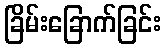
ခြိမ်းခြောက်ခြင်း